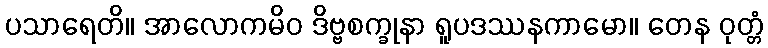
ပသာရေတိ။ အာလောကမိဝ ဒိဗ္ဗစက္ခုနာ ရူပဒဿနကာမော။ တေန ဝုတ္တံ